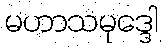
မဟာသမုဒ္ဒေါ